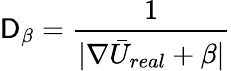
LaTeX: \mathsf{D}_{\beta}=\frac{{1}}{{|\nabla\bar{{U}}_{real}+\beta|}}